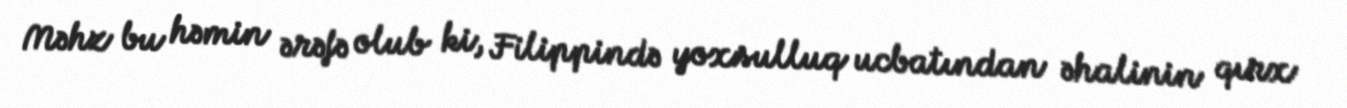
Məhz bu həmin ərəfə olub ki, Filippində yoxsulluq ucbatından əhalinin qırx